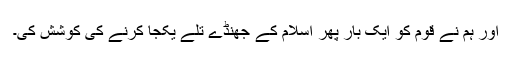
اور ہم نے قوم کو ایک بار پھر اسلام کے جھنڈے تلے یکجا کرنے کی کوشش کی۔